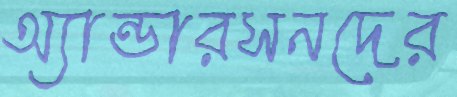
অ্যান্ডারসনদের